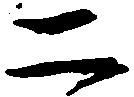
二